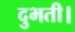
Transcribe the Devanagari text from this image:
दुभती।